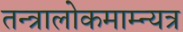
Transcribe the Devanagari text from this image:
तन्त्रालोकमाम्न्यत्र